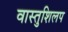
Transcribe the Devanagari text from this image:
वास्तुशिलप